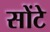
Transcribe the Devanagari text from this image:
सोंटे